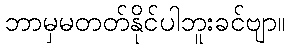
ဘာမှမတတ်နိုင်ပါဘူးခင်ဗျာ။